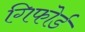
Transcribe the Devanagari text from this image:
गिफोर्ड